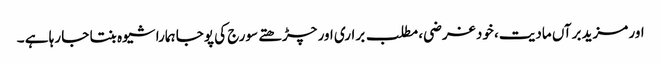
اور مزید برآں مادیت، خود غرضی، مطلب براری اور چڑھتے سورج کی پوجا ہمارا شیوہ بنتا جا رہا ہے ۔